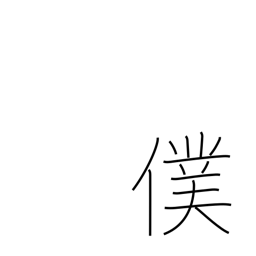
Meaning: servant